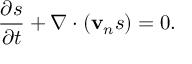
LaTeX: \frac { \partial s } { \partial t } + \nabla \cdot ( { \bf v } _ { n } s ) = 0 .